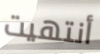
أنتهيت